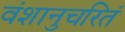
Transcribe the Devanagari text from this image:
वंशानुचरितं